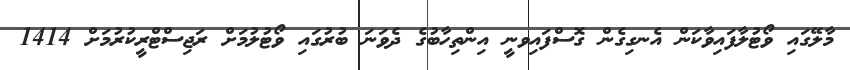
މާލޭގައި ވޯޓުލާފައިވާކަން އެނގިގެން ގޮސްފައިވނީ އިންތިހާބުގެ ދެވަނަ ބުރުގައި ވޯޓުލުމަށް ރަޖިސްޓްރީކުރުމަށް 1414